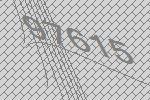
97615